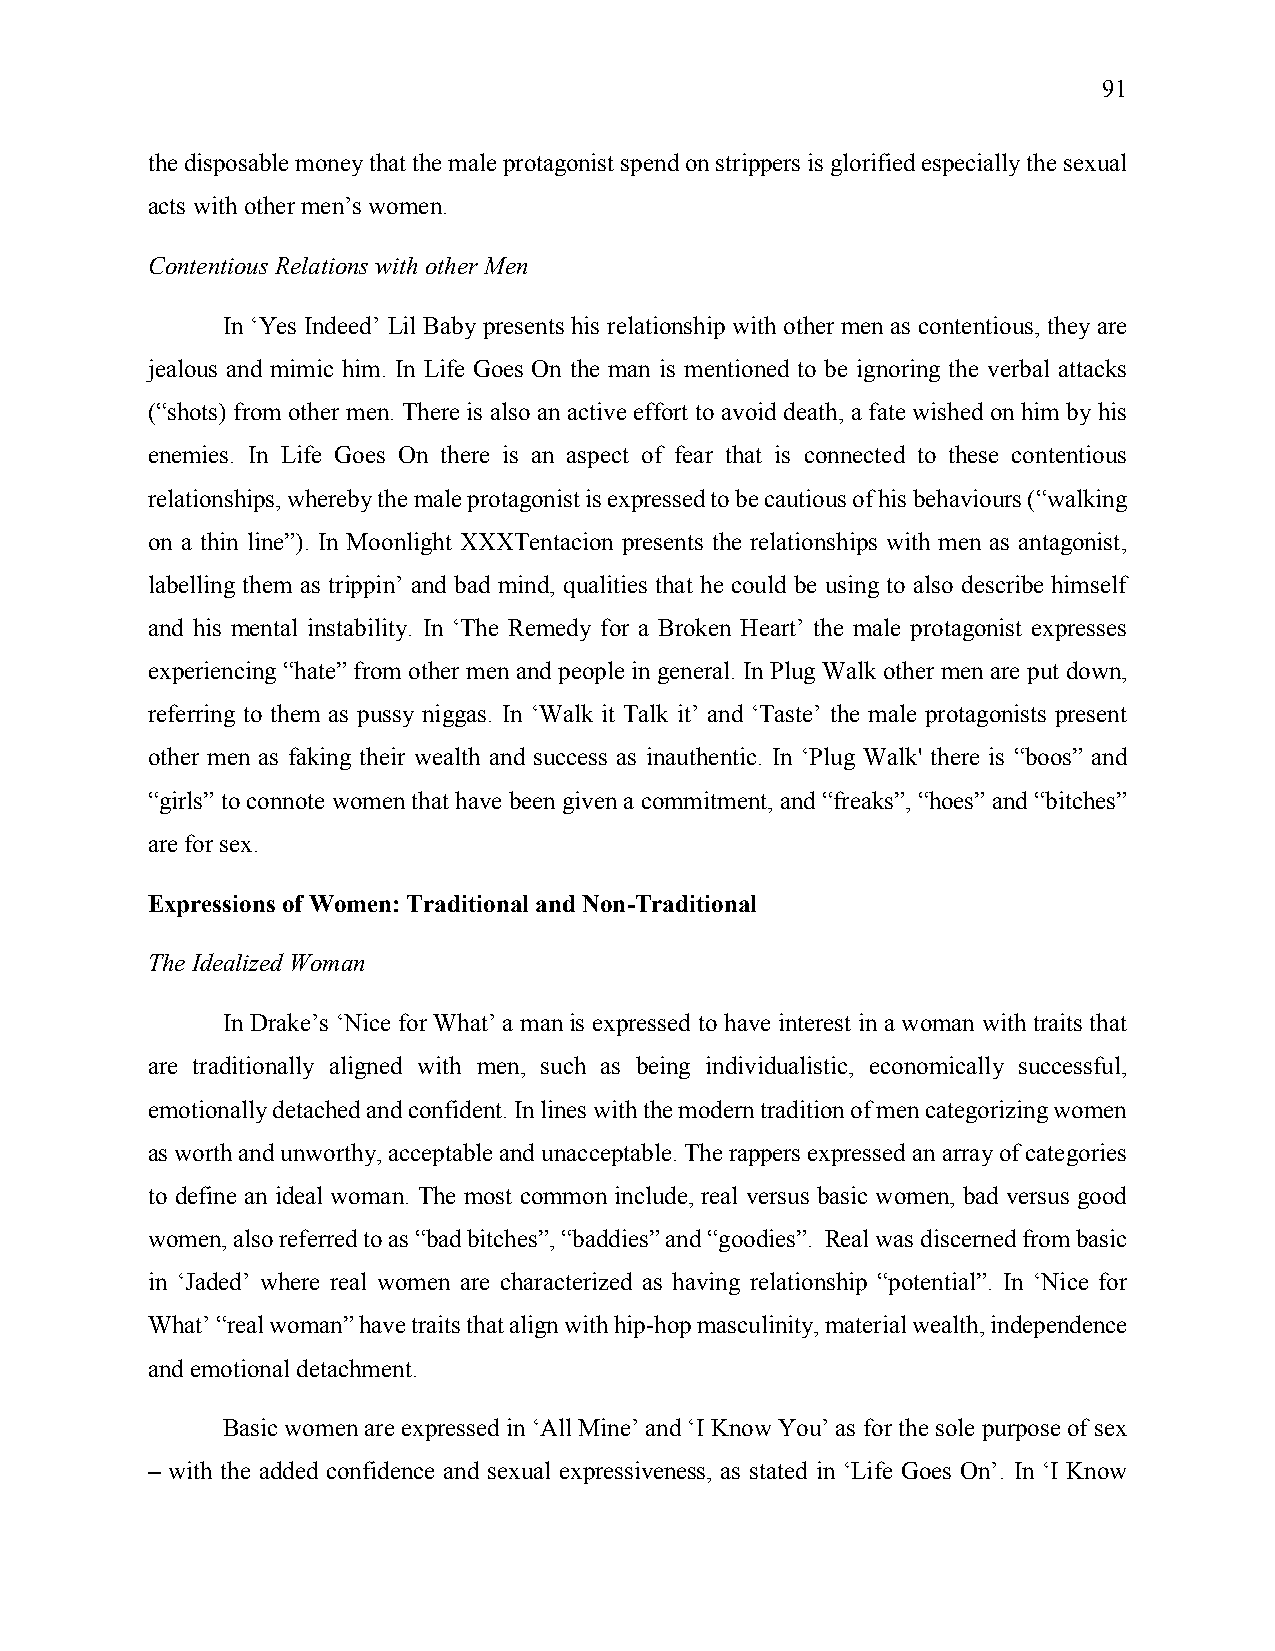
91
 the disposable money that the male protagonist spend on strippers is glorified especially the sexual
 acts with other men’s women.
 Contentious Relations with other Men
 In ‘Yes Indeed’ Lil Baby presents his relationship with other men as contentious, they are
 jealous and mimic him. In Life Goes On the man is mentioned to be ignoring the verbal attacks
 (“shots) from other men. There is also an active effort to avoid death, a fate wished on him by his
 enemies. In Life Goes On there is an aspect of fear that is connected to these contentious
 relationships, whereby the male protagonist is expressed to be cautious of his behaviours (“walking
 on a thin line”). In Moonlight XXXTentacion presents the relationships with men as antagonist,
 labelling them as trippin’ and bad mind, qualities that he could be using to also describe himself
 and his mental instability. In ‘The Remedy for a Broken Heart’ the male protagonist expresses
 experiencing “hate” from other men and people in general. In Plug Walk other men are put down,
 referring to them as pussy niggas. In ‘Walk it Talk it’ and ‘Taste’ the male protagonists present
 other men as faking their wealth and success as inauthentic. In ‘Plug Walk' there is “boos” and
 “girls” to connote women that have been given a commitment, and “freaks”, “hoes” and “bitches”
 are for sex.
 Expressions of Women: Traditional and Non-Traditional
 The Idealized Woman
 In Drake’s ‘Nice for What’ a man is expressed to have interest in a woman with traits that
 are traditionally aligned with men, such as being individualistic, economically successful,
 emotionally detached and confident. In lines with the modern tradition of men categorizing women
 as worth and unworthy, acceptable and unacceptable. The rappers expressed an array of categories
 to define an ideal woman. The most common include, real versus basic women, bad versus good
 women, also referred to as “bad bitches”, “baddies” and “goodies”. Real was discerned from basic
 in ‘Jaded’ where real women are characterized as having relationship “potential”. In ‘Nice for
 What’ “real woman” have traits that align with hip-hop masculinity, material wealth, independence
 and emotional detachment.
 Basic women are expressed in ‘All Mine’ and ‘I Know You’ as for the sole purpose of sex
 – with the added confidence and sexual expressiveness, as stated in ‘Life Goes On’. In ‘I Know